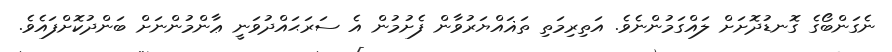
ނެގަންބޯގެ ގޮނޑުދޮށަށް ލައްގަމުންނެވެ. އަތިރިމަތި ތަޣައްޔަރުވާން ފެށުމުން އެ ސަރަޙައްދުވަނީ ޢާންމުންނަށް ބަންދުކޮށްފައެވެ.